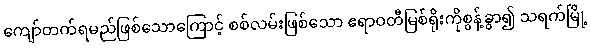
ကျော်တက်ရမည်ဖြစ်သောကြောင့် စစ်လမ်းဖြစ်သော ဧရာဝတီမြစ်ရိုးကိုစွန့်ခွာ၍ သရက်မြို့